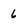
Character: 6